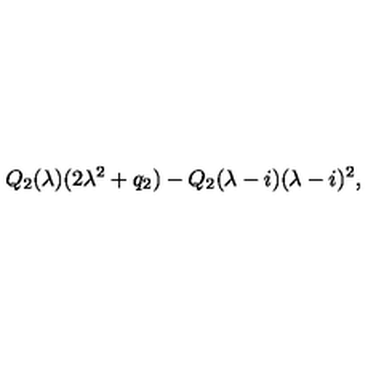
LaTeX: Q _ { 2 } ( \lambda ) ( 2 \lambda ^ { 2 } + q _ { 2 } ) - Q _ { 2 } ( \lambda - i ) ( \lambda - i ) ^ { 2 } ,